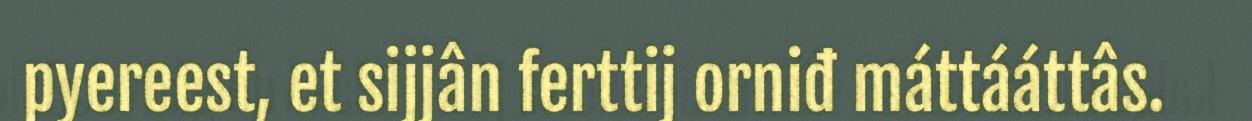
pyereest, et sijjân ferttij orniđ máttááttâs.